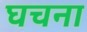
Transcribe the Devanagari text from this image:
घचना